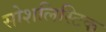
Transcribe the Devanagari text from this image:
सोशलिस्टिक